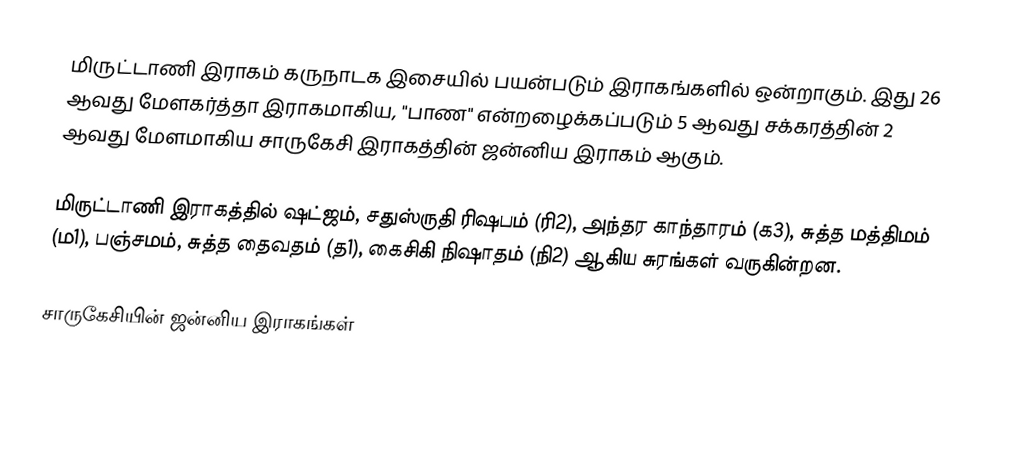
மிருட்டாணி இராகம் கருநாடக இசையில் பயன்படும் இராகங்களில் ஒன்றாகும். இது 26 ஆவது மேளகர்த்தா இராகமாகிய, "பாண" என்றழைக்கப்படும் 5 ஆவது சக்கரத்தின் 2 ஆவது மேளமாகிய சாருகேசி இராகத்தின் ஜன்னிய இராகம் ஆகும்.

மிருட்டாணி இராகத்தில் ஷட்ஜம், சதுஸ்ருதி ரிஷபம் (ரி2),  அந்தர காந்தாரம் (க3), சுத்த மத்திமம் (ம1), பஞ்சமம், சுத்த தைவதம் (த1), கைசிகி நிஷாதம்  (நி2) ஆகிய சுரங்கள் வருகின்றன.

சாருகேசியின் ஜன்னிய இராகங்கள்